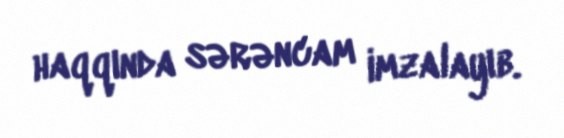
haqqında sərəncam imzalayıb.